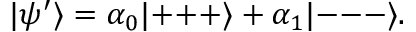
| \psi ^ { \prime } \rangle = \alpha _ { 0 } | { + } { + } { + } \rangle + \alpha _ { 1 } | { - } { - } { - } \rangle .